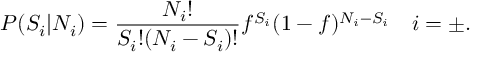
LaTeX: P ( S _ { i } | N _ { i } ) = \frac { N _ { i } ! } { S _ { i } ! ( N _ { i } - S _ { i } ) ! } f ^ { S _ { i } } ( 1 - f ) ^ { N _ { i } - S _ { i } } ~ ~ ~ i = \pm .